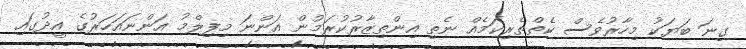
ގިނަ ބަޔަކު މިހާރުވެސް ކެތްތެރިކަމެއް ނެތި އިންތިޒާރުކުރަމުން އަންނަ މިފިލްމު އަންނައަހަރުގެ އީދުގައި